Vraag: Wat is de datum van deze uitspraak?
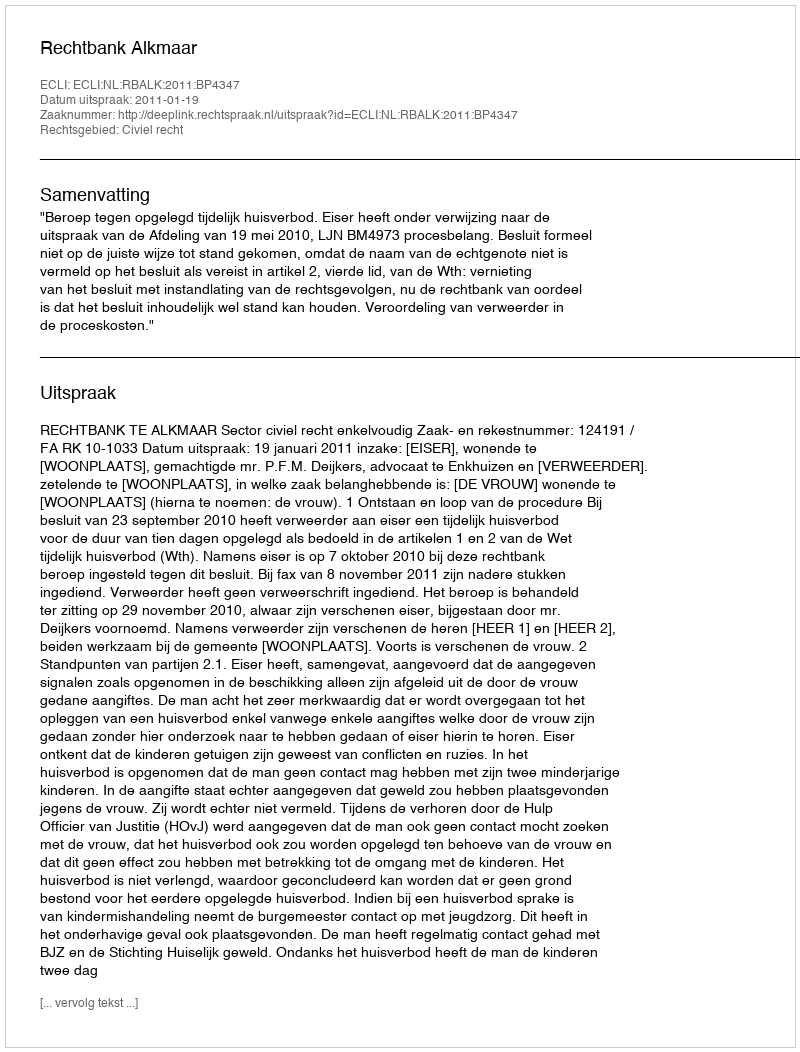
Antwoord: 2011-01-19